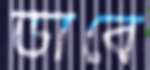
ডাবে